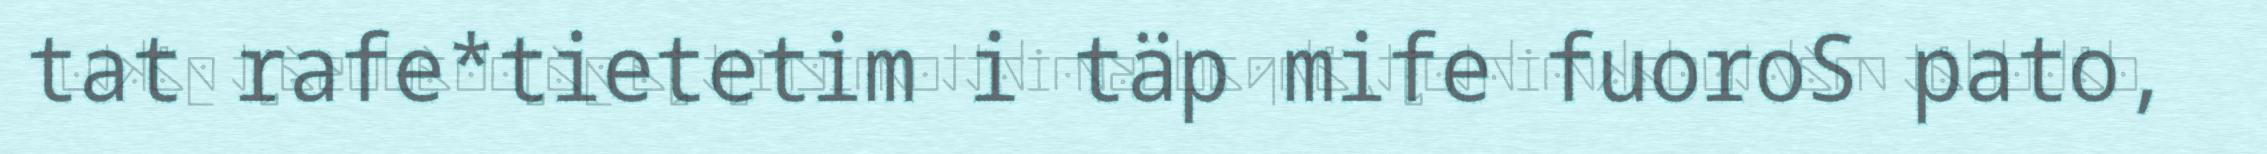
tat rafe*tietetim i täp mife fuoroS pato,